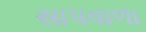
સાપવાળા